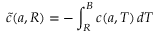
\tilde { c } ( { a } , R ) = - \int _ { R } ^ { B } c ( { a } , T ) \, d T